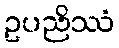
ဥပညိဿံ